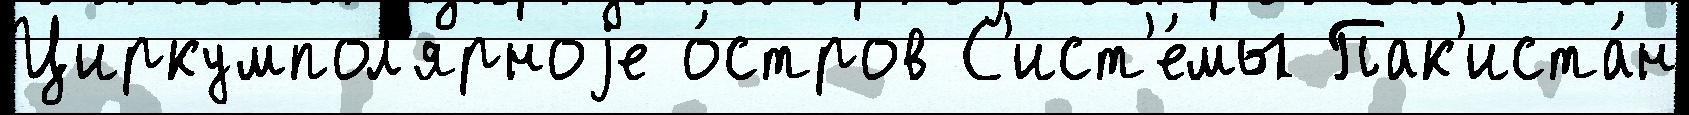
Циркумпол'ярноjе о́стров С'ист'е́мы Пак'иста́н